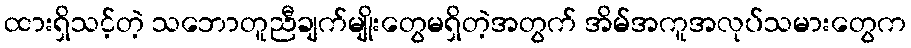
ထားရှိသင့်တဲ့ သဘောတူညီချက်မျိုးတွေမရှိတဲ့အတွက် အိမ်အကူအလုပ်သမားတွေက